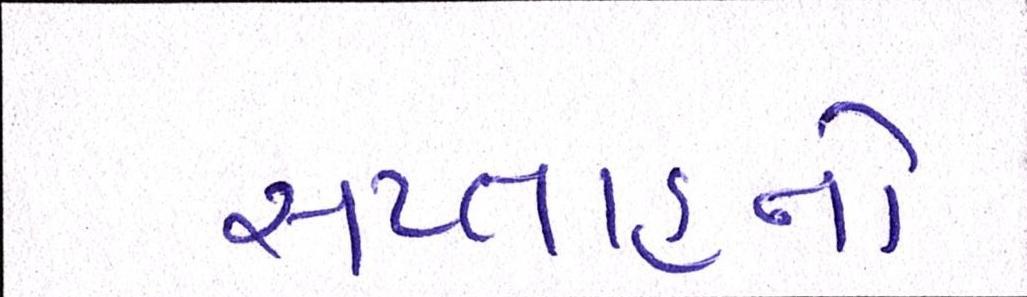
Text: સપ્તાહનો